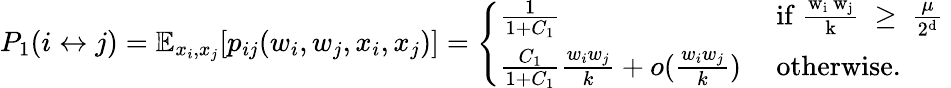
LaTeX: P_{1}(i\leftrightarrow j)=\mathbb{E}_{x_{i},x_{j}}[p_{ij}(w_{i},w_{j},x_{i},x_{j})]=\left\{ \begin{array}{ll}{\frac{1}{1+C_{1}}}&{\mathrm{~if~\frac{w_i~w_j}{k}~\geq~\frac{\mu}{2^d}~}}\\ {\frac{C_{1}}{1+C_{1}}\frac{w_{i}w_{j}}{k}+o(\frac{w_{i}w_{j}}{k})}&{\mathrm{~otherwise.}}\end{array}\right.